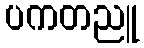
ပကတညူ